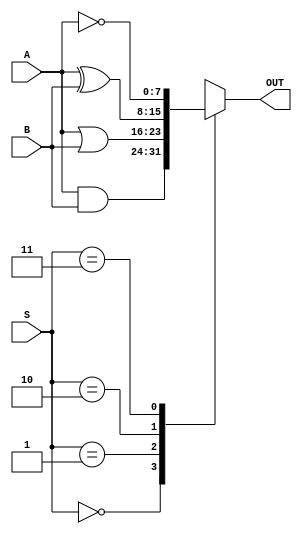
module ALUL(
		input [7:0] A,
		input [7:0] B,
		input [1:0] S,
		output reg [7:0]OUT
		
		
);

always @(*)
	begin
		case(S)
			2'b00: OUT = A & B;
			2'b01: OUT = A | B;
			2'b10: OUT = A ^ B;
			2'b11: OUT = ~A;
		endcase
	end



endmodule